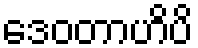
ဒေဝတာဟိပိ